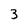
Character: 3